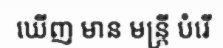
ឃើញ មាន មន្ត្រី បំរើ